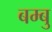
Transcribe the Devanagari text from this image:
बम्बु